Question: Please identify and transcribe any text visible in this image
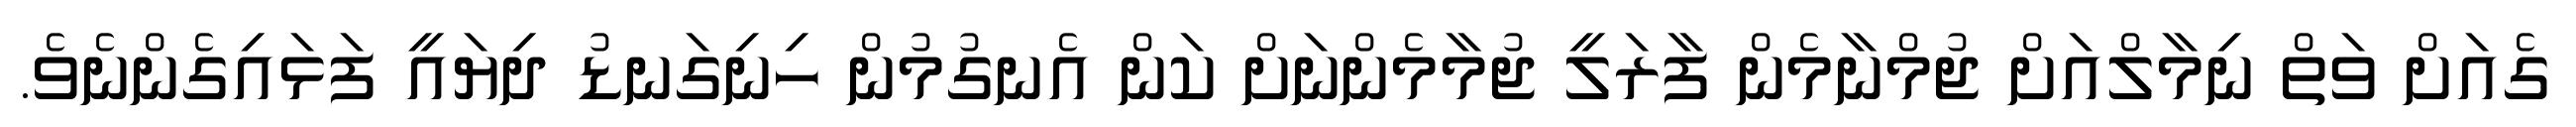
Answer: ގެއަށް ވަތް ނިމާލްއަށް ޖުމްނާމެން ފާރަލީ ޖުމާމެންނަށް ކަން އެނގުމުން ހިނިގަނޑު ދިޔައީ ފަޅައިގެންނެވެ.